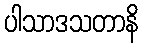
ပါသာဒသတာနိ